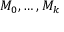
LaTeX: M _ { 0 } , \dots , M _ { k }